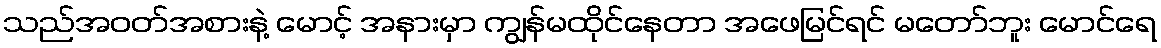
သည်အဝတ်အစားနဲ့ မောင့် အနားမှာ ကျွန်မထိုင်နေတာ အဖေမြင်ရင် မတော်ဘူး မောင်ရေ